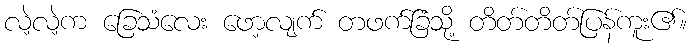
လဲ့လဲ့က ခြေသံလေး ဖော့လျက် တဖက်ခြံသို့ တိတ်တိတ်ပြန်ကူး၏။